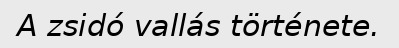
A zsidó vallás története.